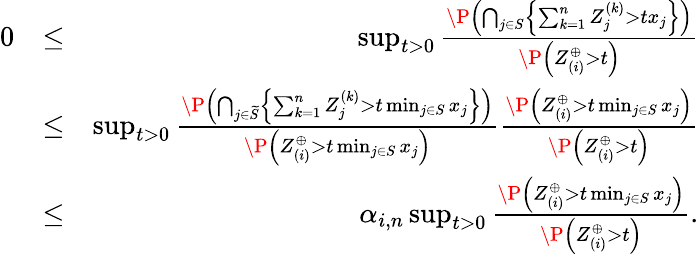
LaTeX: \begin{array}{rlr}{0}&{\leq}&{\operatorname*{sup}_{t>0}\frac{\P\left(\bigcap_{j\in S}\left\{ \sum_{k=1}^{n}Z_{j}^{(k)}>tx_{j}\right\} \right)}{\P\left(Z_{(i)}^{\oplus}>t\right)}}\\ &{\leq}&{\operatorname*{sup}_{t>0}\frac{\P\left(\bigcap_{j\in\widetilde S}\left\{ \sum_{k=1}^{n}Z_{j}^{(k)}>t\operatorname*{min}_{j\in S}x_{j}\right\} \right)}{\P\left(Z_{(i)}^{\oplus}>t\operatorname*{min}_{j\in S}x_{j}\right)}\frac{\P\left(Z_{(i)}^{\oplus}>t\operatorname*{min}_{j\in S}x_{j}\right)}{\P\left(Z_{(i)}^{\oplus}>t\right)}}\\ &{\leq}&{\alpha_{i,n}\operatorname*{sup}_{t>0}\frac{\P\left(Z_{(i)}^{\oplus}>t\operatorname*{min}_{j\in S}x_{j}\right)}{\P\left(Z_{(i)}^{\oplus}>t\right)}.}\end{array}